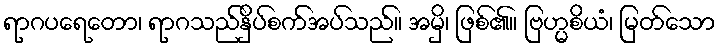
ရာဂပရေတော၊ ရာဂသည်နှိပ်စက်အပ်သည်။ အမှိ၊ ဖြစ်၏။ ဗြဟ္မစိယံ၊ မြတ်သော